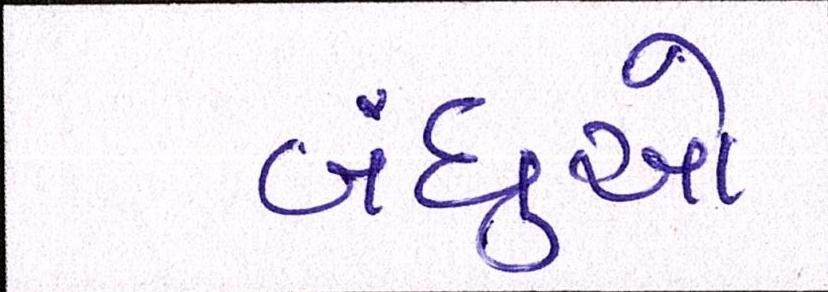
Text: બંધુઓ